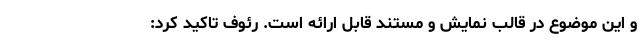
و این موضوع در قالب نمایش و مستند قابل ارائه است. رئوف تاکید کرد: